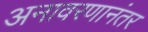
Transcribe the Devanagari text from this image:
अनावरणानंतर